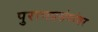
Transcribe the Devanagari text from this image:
पुराणप्रसंगांवर